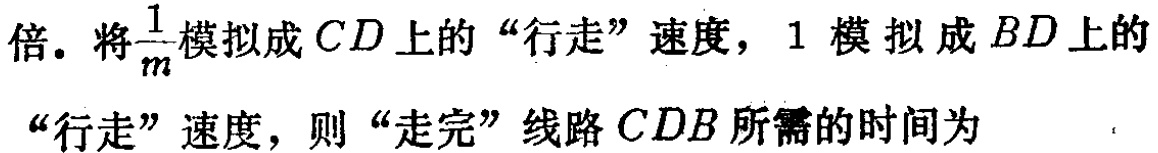
倍。将$\frac{1}{m}$模拟成$CD$上的“行走”速度，$1$模拟成$BD$上的“行走”速度，则“走完”线路$CDB$所需的时间为  。